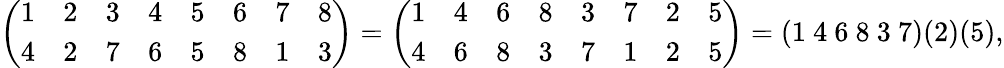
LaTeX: {\left(\begin{array}{llllllll}{1}&{2}&{3}&{4}&{5}&{6}&{7}&{8}\\ {4}&{2}&{7}&{6}&{5}&{8}&{1}&{3}\end{array}\right)}={\left(\begin{array}{llllllll}{1}&{4}&{6}&{8}&{3}&{7}&{2}&{5}\\ {4}&{6}&{8}&{3}&{7}&{1}&{2}&{5}\end{array}\right)}=(1\ 4\ 6\ 8\ 3\ 7)(2)(5),